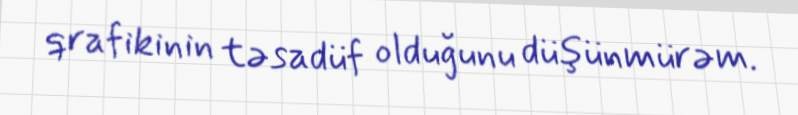
qrafikinin təsadüf olduğunu düşünmürəm.